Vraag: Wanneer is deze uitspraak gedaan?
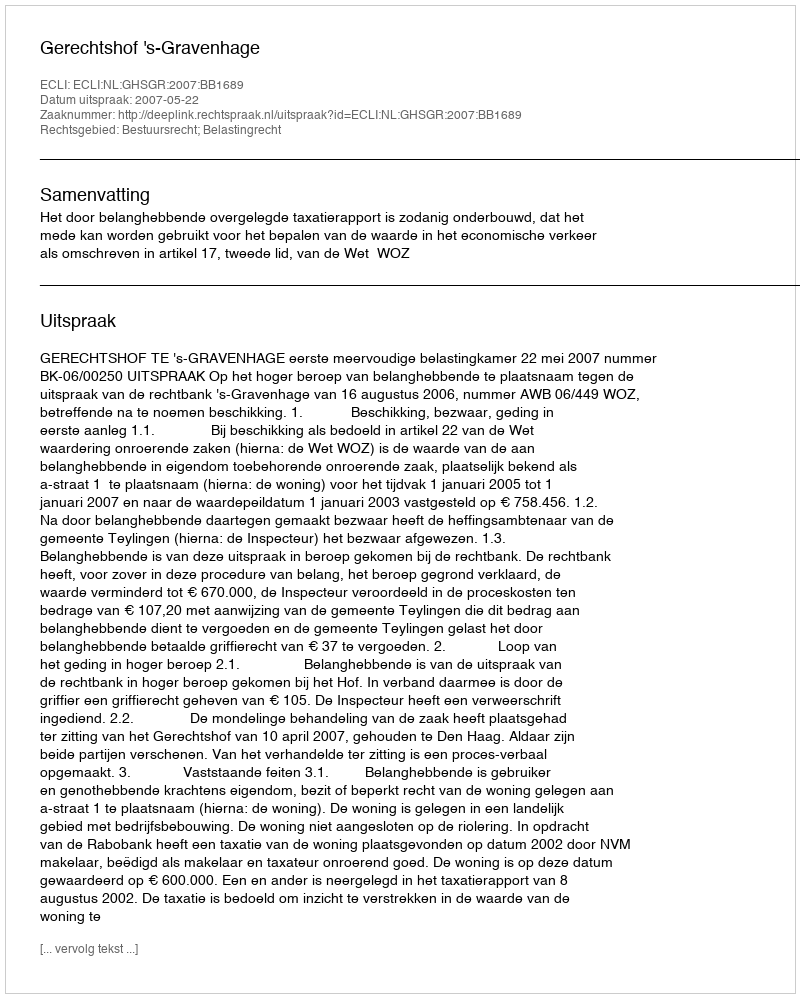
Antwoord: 2007-05-22